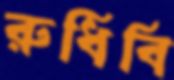
রুধিবি